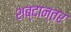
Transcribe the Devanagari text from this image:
शब्दान्तर